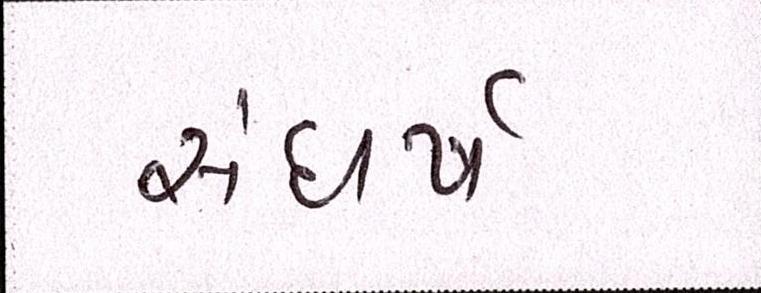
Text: સંઘર્ષ